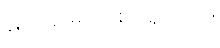
မြင်း ၃ မျိုး ၃စားရှိသည်။